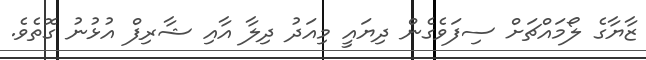
ޒާޔާގެ ލޯމައްޗަށް ސިފަވެގެން ދިޔައީ މިއަދު ދިލާ އާއި ޝާރިފް އުޅުނު ގޮތެވެ.